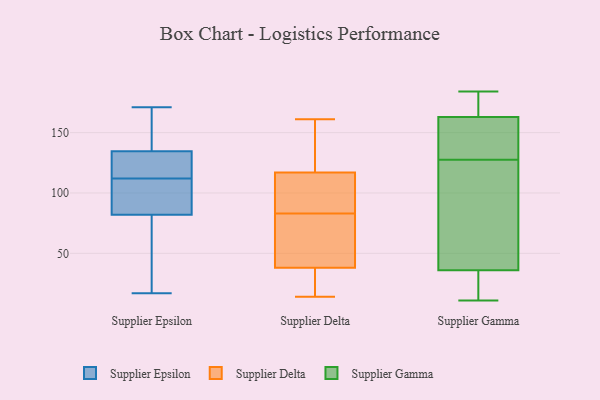
{"axis": {"x": "Operating Costs (USD K)", "y": "Value"}, "legend": ["Supplier Delta", "Supplier Epsilon", "Supplier Gamma"], "data": [{"x": "", "y": 107, "type": "Supplier Epsilon"}, {"x": "", "y": 145, "type": "Supplier Epsilon"}, {"x": "", "y": 17, "type": "Supplier Epsilon"}, {"x": "", "y": 102, "type": "Supplier Epsilon"}, {"x": "", "y": 112, "type": "Supplier Epsilon"}, {"x": "", "y": 115, "type": "Supplier Epsilon"}, {"x": "", "y": 131, "type": "Supplier Epsilon"}, {"x": "", "y": 58, "type": "Supplier Epsilon"}, {"x": "", "y": 171, "type": "Supplier Epsilon"}, {"x": "", "y": 131, "type": "Supplier Epsilon"}, {"x": "", "y": 148, "type": "Supplier Epsilon"}, {"x": "", "y": 90, "type": "Supplier Epsilon"}, {"x": "", "y": 58, "type": "Supplier Epsilon"}, {"x": "", "y": 14, "type": "Supplier Delta"}, {"x": "", "y": 114, "type": "Supplier Delta"}, {"x": "", "y": 23, "type": "Supplier Delta"}, {"x": "", "y": 96, "type": "Supplier Delta"}, {"x": "", "y": 38, "type": "Supplier Delta"}, {"x": "", "y": 159, "type": "Supplier Delta"}, {"x": "", "y": 117, "type": "Supplier Delta"}, {"x": "", "y": 76, "type": "Supplier Delta"}, {"x": "", "y": 80, "type": "Supplier Delta"}, {"x": "", "y": 19, "type": "Supplier Delta"}, {"x": "", "y": 118, "type": "Supplier Delta"}, {"x": "", "y": 161, "type": "Supplier Delta"}, {"x": "", "y": 86, "type": "Supplier Delta"}, {"x": "", "y": 75, "type": "Supplier Delta"}, {"x": "", "y": 182, "type": "Supplier Gamma"}, {"x": "", "y": 101, "type": "Supplier Gamma"}, {"x": "", "y": 162, "type": "Supplier Gamma"}, {"x": "", "y": 13, "type": "Supplier Gamma"}, {"x": "", "y": 168, "type": "Supplier Gamma"}, {"x": "", "y": 11, "type": "Supplier Gamma"}, {"x": "", "y": 156, "type": "Supplier Gamma"}, {"x": "", "y": 27, "type": "Supplier Gamma"}, {"x": "", "y": 78, "type": "Supplier Gamma"}, {"x": "", "y": 184, "type": "Supplier Gamma"}, {"x": "", "y": 118, "type": "Supplier Gamma"}, {"x": "", "y": 36, "type": "Supplier Gamma"}, {"x": "", "y": 137, "type": "Supplier Gamma"}, {"x": "", "y": 163, "type": "Supplier Gamma"}]}